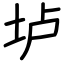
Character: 垆